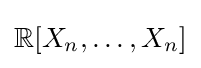
\mathbb {R} [X_{n},\dots ,X_{n}]